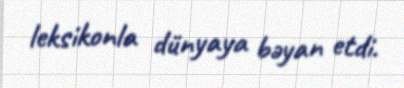
leksikonla dünyaya bəyan etdi.